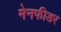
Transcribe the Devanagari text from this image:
मेनफीडर